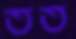
তত